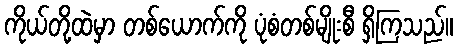
ကိုယ်တို့ထဲမှာ တစ်ယောက်ကို ပုံစံတစ်မျိုးစီ ရှိကြသည်။